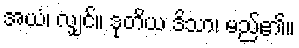
အယံ၊ လျှင်။ ဒုတိယ ဒိသာ၊ မည်၏။